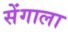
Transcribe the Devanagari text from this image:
सेंगाला